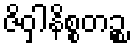
ဇိဝှါနိစ္စတဉ္စ